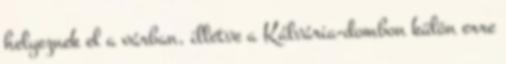
helyeznek el a várban, illetve a Kálvária-dombon külön erre